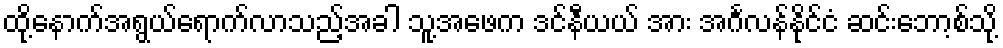
ထို့နောက်အရွယ်ရောက်လာသည့်အခါ သူ့အဖေက ဒင်နီယယ် အား အင်္ဂလန်နိုင်ငံ ဆင်းဘော့စ်သို့